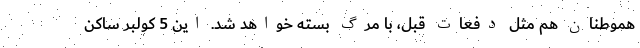
هموطنان هم مثل دفعات قبل، با مرگ بسته خواهد شد. اين 5 كولبر ساكن